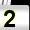
Digit: 2